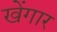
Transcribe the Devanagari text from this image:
खेंगार